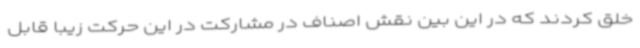
خلق کردند که در این بین نقش اصناف در مشارکت در این حرکت زیبا قابل